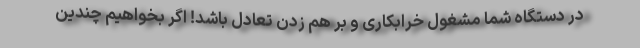
در دستگاه شما مشغول خرابکاری و بر هم زدن تعادل باشد! اگر بخواهیم چندین